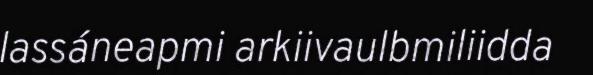
lassáneapmi arkiivaulbmiliidda